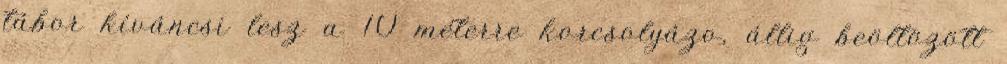
tábor kíváncsi lesz a 10 méterre korcsolyázo, állig beöltözött